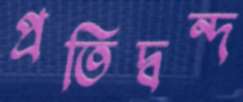
প্রতিদ্বন্দ